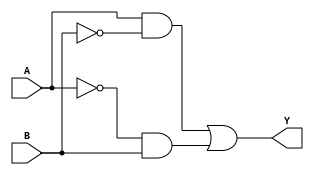
module XOR_gate_pass_gates(
    input A, B,
    output Y
);

  assign Y = (A & ~B) | (~A & B);

endmodule